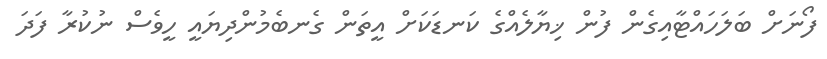
ފޯނަށް ބަލަހައްޓާއިގެން ފުން ޚިޔާލެއްގެ ކަނޑަކަށް އީތަން ގެނބެމުންދިޔައީ ހީވެސް ނުކުރާ ފަދަ